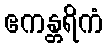
ဧကန္တရိကံ